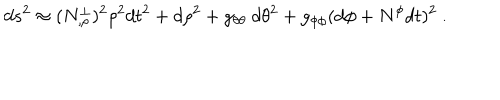
LaTeX: d s ^ { 2 } \approx ( N _ { , \rho } ^ { \perp } ) ^ { 2 } \rho ^ { 2 } d t ^ { 2 } + d \rho ^ { 2 } + g _ { \theta \theta } \ d \theta ^ { 2 } + g _ { \phi \phi } ( d \phi + N ^ { \phi } d t ) ^ { 2 } \ .